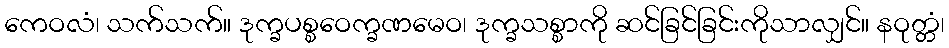
ကေဝလံ၊ သက်သက်။ ဒုက္ခပစ္စဝေက္ခဏမေဝ၊ ဒုက္ခသစ္စာကို ဆင်ခြင်ခြင်းကိုသာလျှင်။ နဝုတ္တံ၊